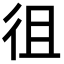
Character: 徂